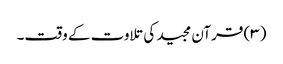
(۳) قرآن مجید کی تلاوت کے وقت۔